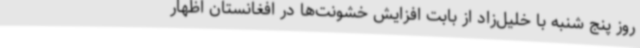
روز پنج شنبه با خلیل‌زاد از بابت افزایش خشونت‌ها در افغانستان اظهار